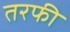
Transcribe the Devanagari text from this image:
तरफी